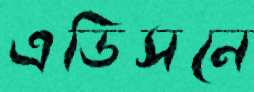
এডিসনে